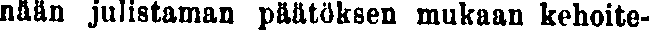
nään julistaman päätöksen mukaan kehoite-